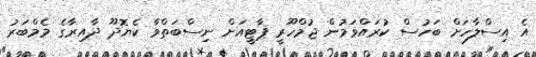
އެ އިސްލާހަށް ބަހުސް ކުރައްވަމުން ޖުމްހޫރީ ޕާޓީއަށް ނިސްބަތްވާ ކެޔޮދޫ ދާއިރާގެ މެމްބަރު